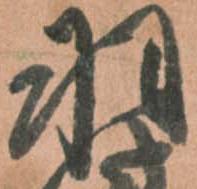
羽